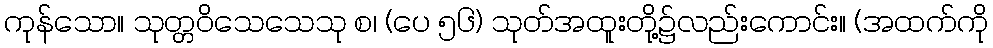
ကုန်သော။ သုတ္တဝိသေသေသု စ၊ (ပေ ၅၆) သုတ်အထူးတို့၌လည်းကောင်း။ (အထက်ကို